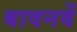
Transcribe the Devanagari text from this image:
बावनवें